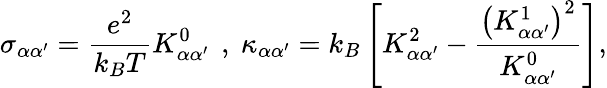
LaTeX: \sigma_{\alpha\alpha^{\prime}}=\frac{e^{2}}{k_{B}T}K_{\alpha\alpha^{\prime}}^{0}\, ~,~\kappa_{\alpha\alpha^{\prime}}=k_{B}\left[K_{\alpha\alpha^{\prime}}^{2}-\frac{\left(K_{\alpha\alpha^{\prime}}^{1}\right)^{2}}{K_{\alpha\alpha^{\prime}}^{0}}\right],